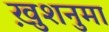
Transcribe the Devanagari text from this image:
ख़ुशनुमा